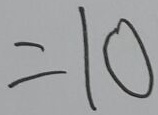
= 1 0